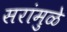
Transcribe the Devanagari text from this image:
सरांमुळे